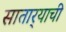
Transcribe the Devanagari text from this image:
सातार्‍याची